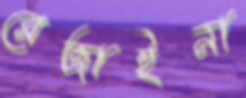
রেজাইনা